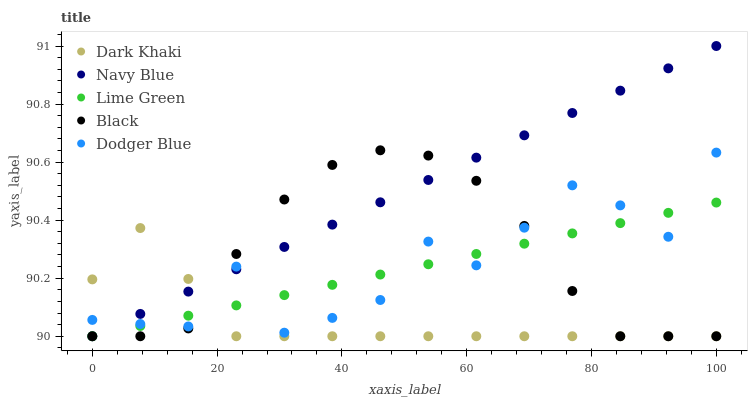
| xaxis_label | Dark Khaki | Navy Blue | Lime Green | Black | Dodger Blue |
 | --- | --- | --- | --- | --- | --- |
 | 0 | 90.2 | 90 | 90 | 90 | 90.1 |
 | 7.69 | 90.4 | 90.1 | 90 | 90 | 90 |
 | 15.4 | 90.2 | 90.2 | 90.1 | 90 | 90 |
 | 23.1 | 90 | 90.2 | 90.1 | 90.3 | 90.2 |
 | 30.8 | 90 | 90.3 | 90.1 | 90.5 | 90 |
 | 38.5 | 90 | 90.4 | 90.2 | 90.6 | 90.1 |
 | 46.2 | 90 | 90.5 | 90.2 | 90.6 | 90.1 |
 | 53.8 | 90 | 90.5 | 90.2 | 90.6 | 90.3 |
 | 61.5 | 90 | 90.6 | 90.3 | 90.5 | 90.2 |
 | 69.2 | 90 | 90.7 | 90.3 | 90.4 | 90.4 |
 | 76.9 | 90 | 90.8 | 90.4 | 90.2 | 90.5 |
 | 84.6 | 90 | 90.8 | 90.4 | 90 | 90.5 |
 | 92.3 | 90 | 90.9 | 90.4 | 90 | 90.3 |
 | 100 | 90 | 91 | 90.5 | 90 | 90.6 |